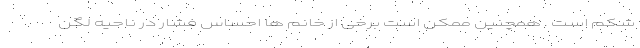
شکم است . همچنین ممکن است برخی از خانم ها احساس فشار در ناحیه لگن